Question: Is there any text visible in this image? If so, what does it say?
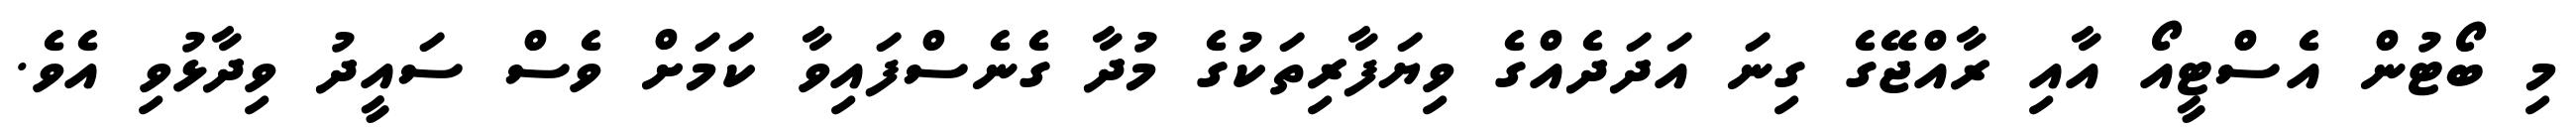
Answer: މި ބޯޓުން އެސްޓީއޯ އާއި ރާއްޖޭގެ ގިނަ އަދަދެއްގެ ވިޔަފާރިތަކުގެ މުދާ ގެނެސްފައިވާ ކަމަށް ވެސް ސައީދު ވިދާޅުވި އެވެ.